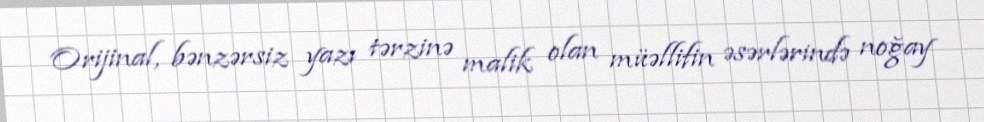
Orijinal, bənzərsiz yazı tərzinə malik olan müəllifin əsərlərində noğay